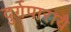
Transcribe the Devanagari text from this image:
दुर्गपारायै